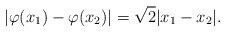
\begin{align*}| \varphi(x_1) -\varphi(x_2) | = \sqrt 2 | x_1 - x_2 |.\end{align*}